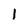
Character: 1